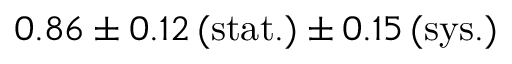
0 . 8 6 \pm 0 . 1 2 \, ( \mathrm { s t a t . } ) \pm 0 . 1 5 \, ( \mathrm { s y s . } )